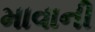
માવાની